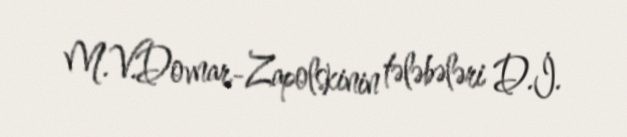
M.V.Dovnar-Zapolskinin tələbələri D.İ.